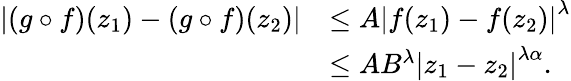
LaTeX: \begin{array}{rl}{\displaystyle\left\lvert(g\circ f)(z_{1})-(g\circ f)(z_{2})\right\rvert}&{\leq A\displaystyle\left\lvert f(z_{1})-f(z_{2})\right\rvert^{\lambda}}\\ &{\leq AB^{\lambda}\displaystyle\left\lvert z_{1}-z_{2}\right\rvert^{\lambda\alpha}.}\end{array}